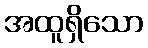
အထူရှိသော